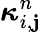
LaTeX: \boldsymbol{\kappa}_{i,\mathbf{j}}^{n}